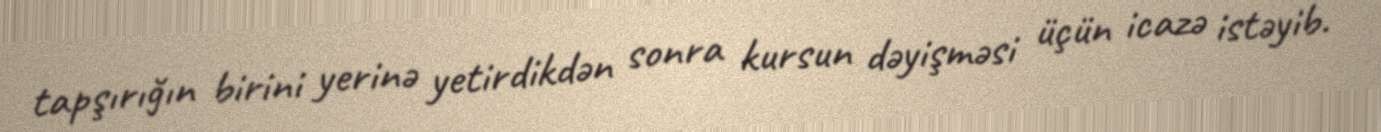
tapşırığın birini yerinə yetirdikdən sonra kursun dəyişməsi üçün icazə istəyib.